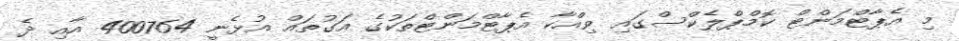
މި އެޕާޓްމަންޓް ކޮމްޕްލެކްސްގައި ވިއްކާ އެޕާޓްމަންޓްތަކުގެ އަގުތައް އުޅެނީ 400764 އާއި ދެ